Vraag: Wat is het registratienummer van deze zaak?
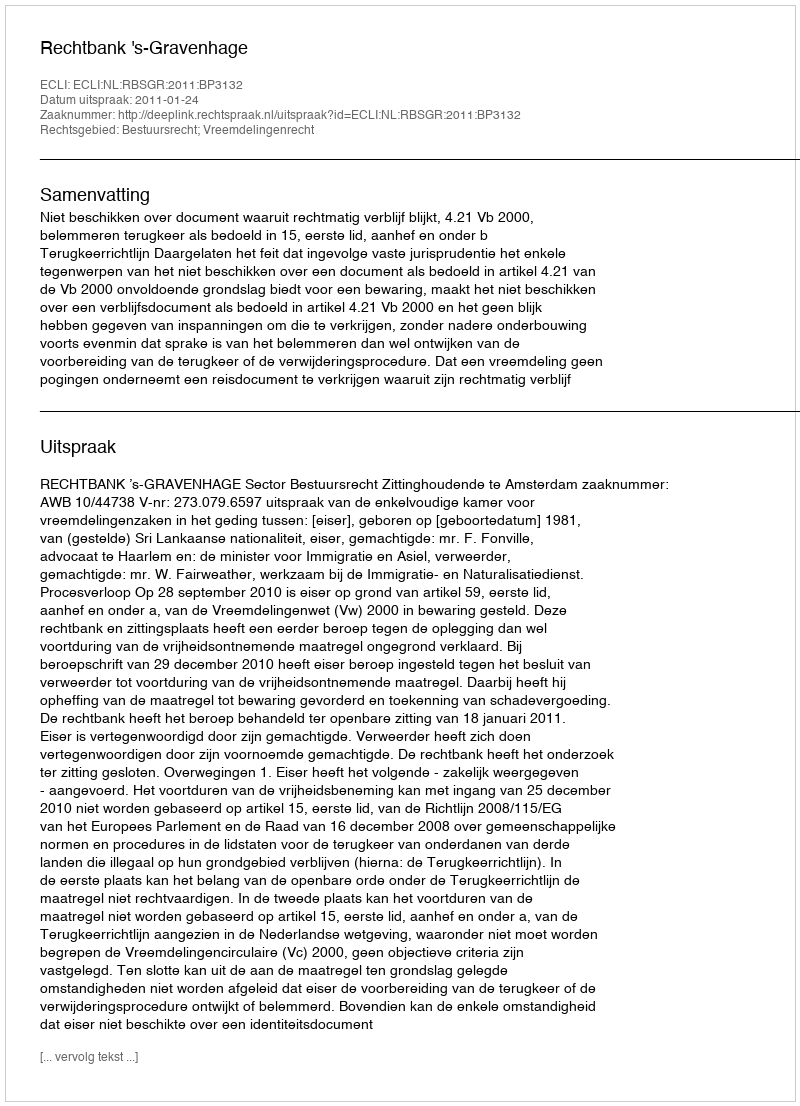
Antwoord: http://deeplink.rechtspraak.nl/uitspraak?id=ECLI:NL:RBSGR:2011:BP3132